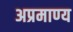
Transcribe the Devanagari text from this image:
अप्रमाण्‍य